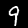
Digit: 9